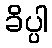
ခိပ္ပါ